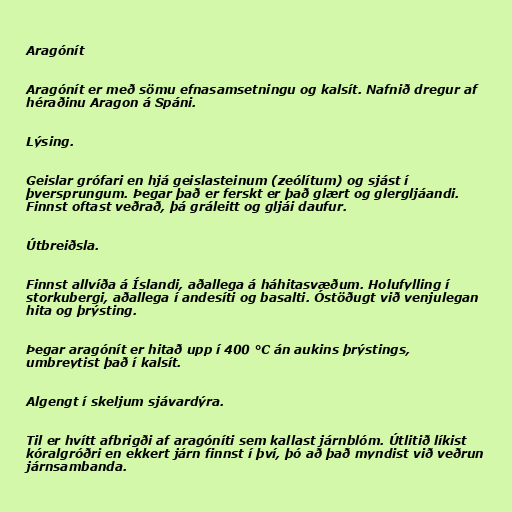
Aragónít

Aragónít er með sömu efnasamsetningu og kalsít. Nafnið dregur af
héraðinu Aragon á Spáni.

Lýsing.

Geislar grófari en hjá geislasteinum (zeólítum) og sjást í
þversprungum. Þegar það er ferskt er það glært og glergljáandi.
Finnst oftast veðrað, þá gráleitt og gljái daufur.

Útbreiðsla.

Finnst allvíða á Íslandi, aðallega á háhitasvæðum. Holufylling í
storkubergi, aðallega í andesíti og basalti. Óstöðugt við venjulegan
hita og þrýsting.

Þegar aragónít er hitað upp í 400 °C án aukins þrýstings,
umbreytist það í kalsít.

Algengt í skeljum sjávardýra.

Til er hvítt afbrigði af aragóníti sem kallast járnblóm. Útlitið líkist
kóralgróðri en ekkert járn finnst í því, þó að það myndist við veðrun
járnsambanda.